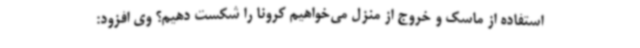
استفاده از ماسک و خروج از منزل می‌خواهیم کرونا را شکست دهیم؟ وی افزود: